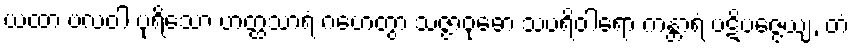
ယထာ ဗလဝါ ပုရိသော ဟတ္ထသာရံ ဂဟေတွာ သဇ္ဇာဝုဓော သပရိဝါရော ကန္တာရံ ပဋိပဇ္ဇေယျ, တံ